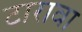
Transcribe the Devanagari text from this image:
टारावा